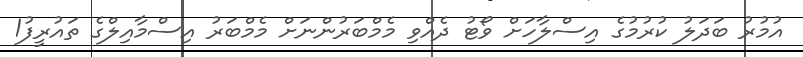
އުމުރު ބަދަލު ކުރުމުގެ އިސްލާހަށް ވޯޓު ދެއްވި މެމްބަރުންނަށް މެމްބަރު އިސްމާއިލްގެ ތައުރީފު1